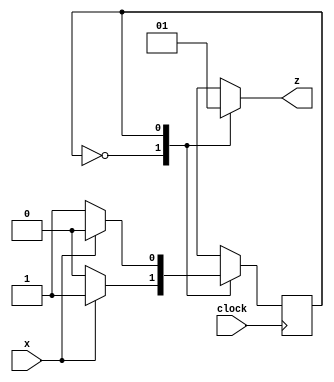
module serial_parity_detector(x,clock,z);
    input x,clock;
    output reg z;
    reg state;
    parameter EVEN=0,ODD=1;
    always @(posedge clock)
        case (state)
       		EVEN: state<=x?ODD:EVEN;
            ODD: state<=x?EVEN:ODD;
            default:state<=EVEN;   
        endcase
  //here synthesis tool will not generate a latch for output z
    always @(state)
        case(state)
            EVEN:z=0;
            ODD:z=1;
        endcase
        endmodule